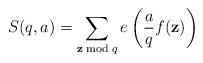
LaTeX: \begin{align*} S(q,a)=\sum_{{\bf z} \bmod q} e\left( \frac{a}{q}f({\bf z})\right)\end{align*}